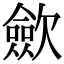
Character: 歛